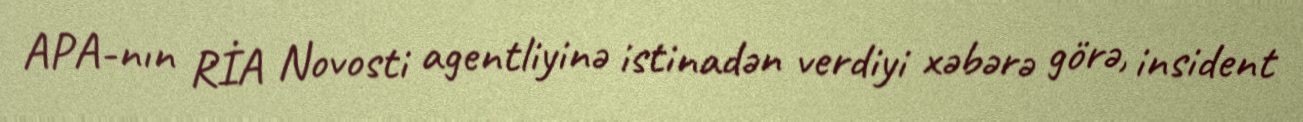
APA-nın RİA Novosti agentliyinə istinadən verdiyi xəbərə görə, insident